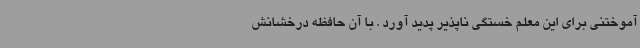
آموختنی برای این معلم خستگی ناپذیر پدید آورد . با آن حافظه درخشانش